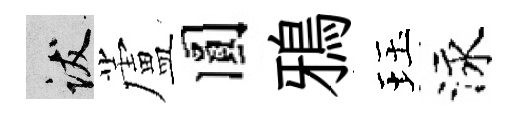
跋蘆圓鴉珏泳